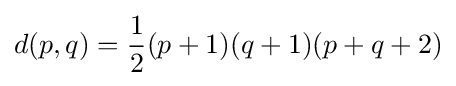
d(p,q)={\frac {1}{2}}(p+1)(q+1)(p+q+2)